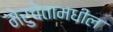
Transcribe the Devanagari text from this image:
मेरुचेतामधील